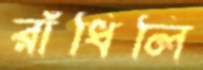
রাঁধিলি